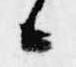
候